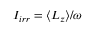
I _ { i r r } = \langle L _ { z } \rangle / \omega